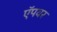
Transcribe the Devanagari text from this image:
ऍपवर